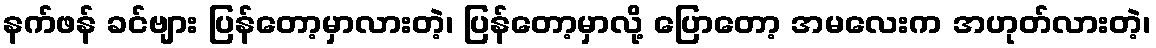
နက်ဖန် ခင်ဗျား ပြန်တော့မှာလားတဲ့၊ ပြန်တော့မှာလို့ ပြောတော့ အမလေးက အဟုတ်လားတဲ့၊